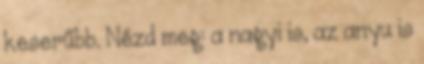
keserűbb. Nézd meg: a nagyi is, az anyu is